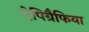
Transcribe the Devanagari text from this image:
ऐपिग्रैफिया